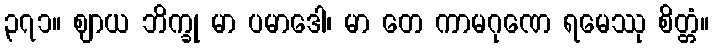
၃၇၁။ ဈာယ ဘိက္ခု မာ ပမာဒေါ၊ မာ တေ ကာမဂုဏေ ရမေဿု စိတ္တံ။